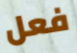
فعل